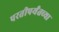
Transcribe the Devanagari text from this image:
परतीपर्यंतच्या